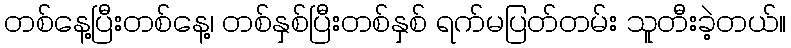
တစ်နေ့ပြီးတစ်နေ့၊ တစ်နှစ်ပြီးတစ်နှစ် ရက်မပြတ်တမ်း သူတီးခဲ့တယ်။